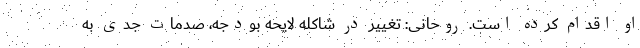
او اقدام کرده است. روحانی: تغییر در شاکله لایحه بودجه، صدمات جدی به